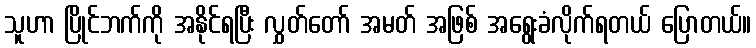
သူဟာ ပြိုင်ဘက်ကို အနိုင်ရပြီး လွှတ်တော် အမတ် အဖြစ် အရွေးခံလိုက်ရတယ် ပြောတယ်။